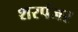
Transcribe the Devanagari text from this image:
शरपंजर